Report of the Indian Hemp Drugs Commission, 1894-1895 - Volume VII
Year: 1894
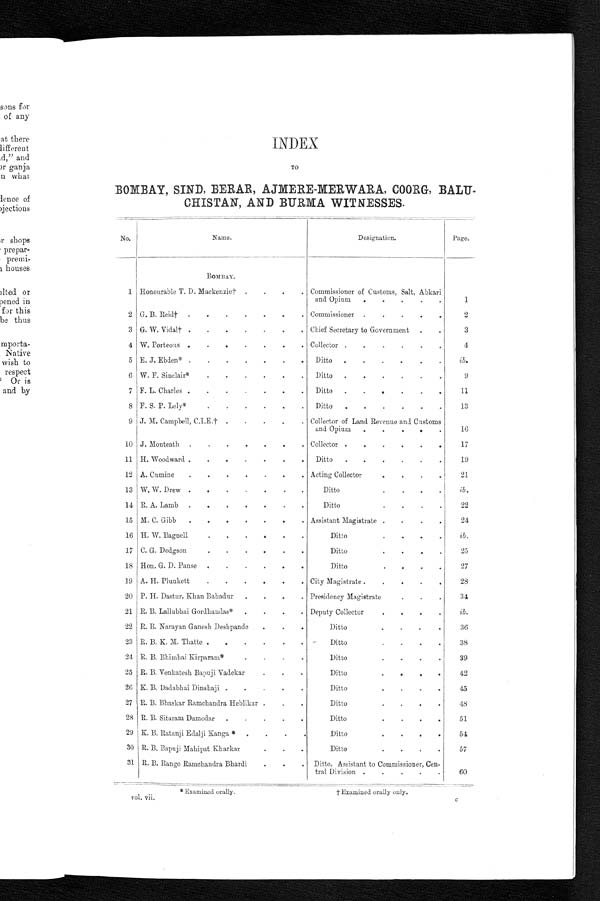
INDEX
TO
BOMBAY, SIND, BERAR, AJMERE-MERWARA, COORG, BALU
-CHISTAN, AND BURMA WITNESSES
.
No.
Name.
Designation.
Page.
BOMBAY.
1 Honourable T. D. Mackenzie† . . . Commissioner of Customs, Salt, Abkari
and Opium . . .
1
2 G. B. Reid† . . . Commissioner . . .
2
3 G. W. Vidal† . . . Chief Secretary to Government . . .
3
4 W. Porteous . . . Collector . . .
4
5 E. J. Ebden* . . .
Ditto . . .
ib.
6 W. F. Sinclair* . . .
Ditto . . .
9
7 F. L. Charles . . .
Ditto . . .
11
8 F. S. P. Lely* . . .
Ditto . . .
13
9 J. M. Campbell, C.I.E.† . . . Collector of Land Revenue and Customs
and Opium . . .
16
10 J. Monteath . . . Collector . . .
17
11 H. Woodward . . .
Ditto . . .
19
12 A. Cumine . . . Acting Collector . . .
21
13 W. W. Drew . . .
Ditto . . .
ib.
14 R. A. Lamb . . .
Ditto . . .
22
15 M. C. Gibb . . . Assistant Magistrate . . .
24
16 H. W. Bagnell . . .
D i t t o . . .
ib.
17 C . G . D o d g s o n . . .
Ditto . . .
25
18 Hon. G. D. Panse . . .
D i t t o . . .
27
19 A. H. Plunkett . . . City Magistrate . . .
28
20 P. H. Dastur, Khan Bahadur . . . Presidency Magistrate . . .
34
21 R. B. Lallubhai Gordhandas* . . . Deputy Collector . . .
ib.
22 R. B. Narayan Ganesh Deshpande . . .
Ditto . . .
36
23 R. B. K. M. Thatte . . .
Ditto . . .
38
24 R. B. Bhimbai Kirparam* . . .
Ditto . . .
39
25 R. B. Venkatesh Bapuji Vadekar . . .
Ditto . . .
42
26 K. B. Dadabhai Dinshaji . . .
D i t t o . . .
4 5
27 R. B. Bhaskar Ramchandra Heblikar . . .
Ditto . . .
48
28 R. B. Sitaram Damodar . . .
Ditto . . .
51
29 K. B. Ratanji Edalji Kanga * . . .
Ditto . . .
54
30 R. B. Bapuji Mahipat Kharkar . . .
Ditto . . .
57
31 R. B. Rango Ramchandra Bhardi . . .
Ditto, Assistant to Commissioner, Cen
-tral Division . . .
60
* Examined orally.
†Examined orally only
.
c
v o l . v i i .